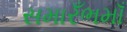
સમારઁભમાઁ